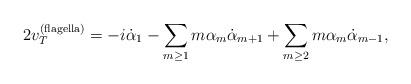
LaTeX: \begin{align*}2v_T ^{(\rm flagella)} = -i \dot{\alpha}_1 - \sum_{m \geq 1} m \alpha_m \dot{\alpha}_{m+1} + \sum_{m \geq 2} m \alpha_m \dot{\alpha}_{m-1} , \end{align*}